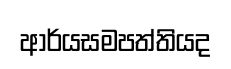
ආර්යසමපත්තියද